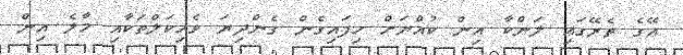
އޭގެ ތެރޭގައި ލަންކާ އިން ކުއްޔަށް ހިފައިގެން ގެންދިޔަ ވެހިކަލްތަކާއި މާލެ އިން